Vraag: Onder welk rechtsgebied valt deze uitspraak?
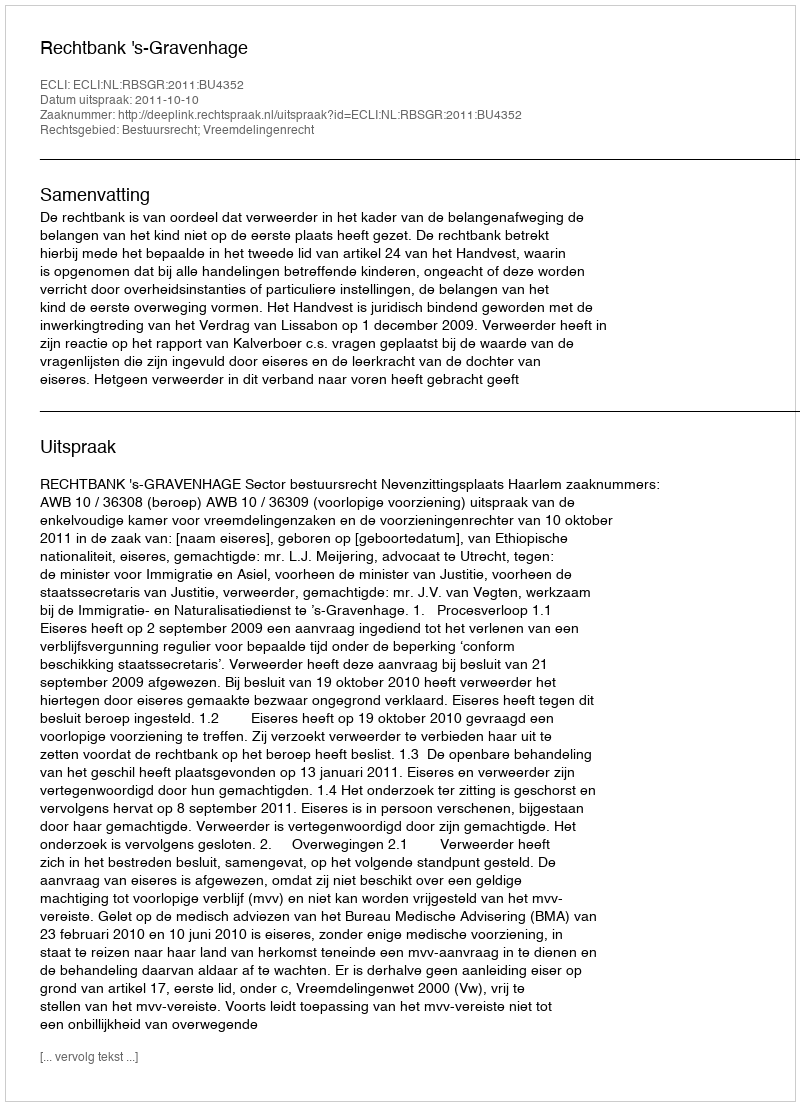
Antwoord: Bestuursrecht; Vreemdelingenrecht